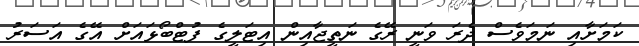
ކަމަށާއި ނަމަވެސް ދެރަ ވަނީ ރޭގެ ނަތީޖާއިން އިޓަލީގެ ފުޓްބޯޅައަށް އޭގެ އަސަރު